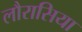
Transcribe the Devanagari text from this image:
लौरासिया